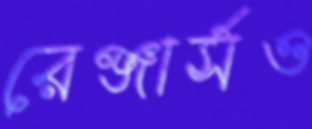
রেঞ্জার্সও